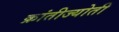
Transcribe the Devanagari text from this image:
क्रांतीज्योती